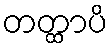
တတ္ထာပိ